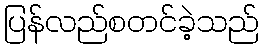
ပြန်လည်စတင်ခဲ့သည်